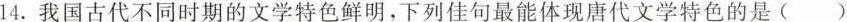
14.我国古代不同时期的文学特色鲜明，下列佳句最能体现唐代文学特色的是（）